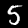
Digit: 5